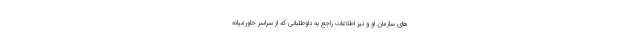
های سازمان او و نیز اطلاعات راجع به داوطلبانی که از سراسر خاورمیانه